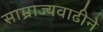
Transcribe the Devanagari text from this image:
साम्राज्यवाढीने